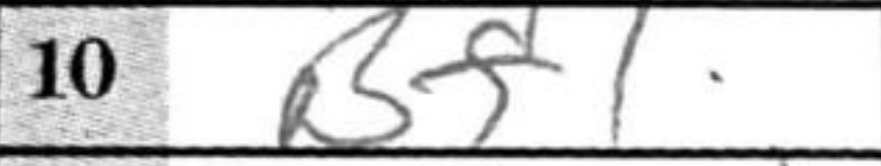
Transcription: Bf1